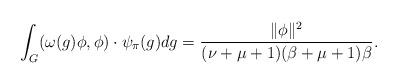
LaTeX: \begin{align*}\int_G(\omega(g)\phi,\phi) \cdot \psi_{\pi}(g)dg=\frac{\|\phi\|^2}{(\nu+\mu+1)(\beta+\mu+1)\beta}.\end{align*}